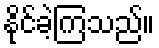
နိုင်ခဲ့ကြသည်။